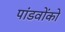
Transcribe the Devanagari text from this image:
पांडवोंको